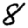
Digit: 8